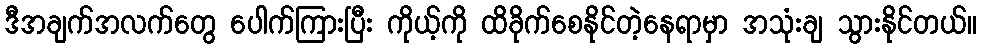
ဒီအချက်အလက်တွေ ပေါက်ကြားပြီး ကိုယ့်ကို ထိခိုက်စေနိုင်တဲ့နေရာမှာ အသုံးချ သွားနိုင်တယ်။